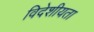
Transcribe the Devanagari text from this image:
विदेशीयता